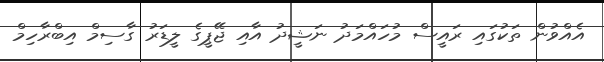
އެއްވުން ތަކުގައި ރައީސް މުހައްމަދު ނަޝީދު އާއި ޖޭޕީގެ ލީޑަރު ގާސިމް އިބްރާހިމް